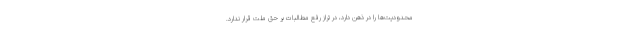
محدودیت‌ها را در ذهن دارد، در تراز رفع مطالبات بر حق ملت قرار ندارد.